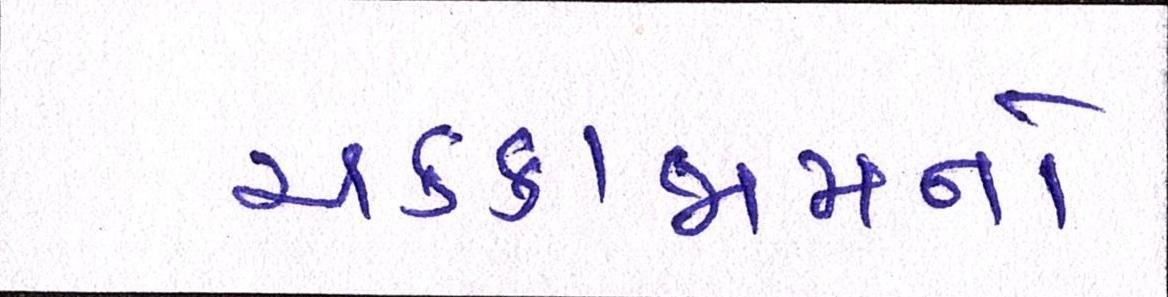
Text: ચક્કાજામનો